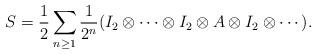
LaTeX: \begin{align*}S = \frac{1}{2} \sum_{n\geq 1} \frac{1}{2^n} (I_2 \otimes \cdots \otimes I_2 \otimes A \otimes I_2 \otimes \cdots).\end{align*}